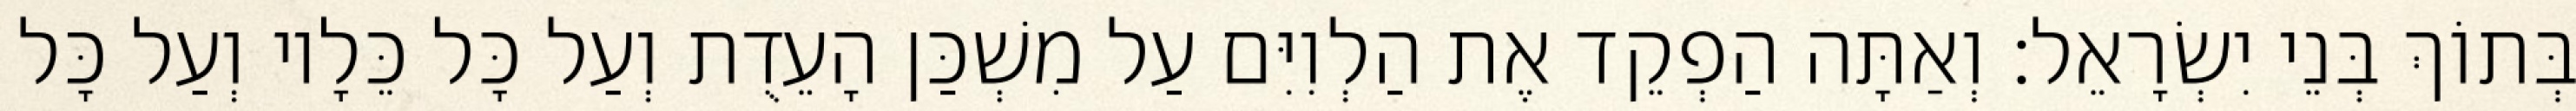
בְּתוֹךְ בְּנֵי יִשְׂרָאֵל׃ וְאַתָּה הַפְקֵד אֶת הַלְוִיִּם עַל מִשְׁכַּן הָעֵדֻת וְעַל כָּל כֵּלָיו וְעַל כָּל